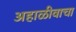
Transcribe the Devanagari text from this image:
अहाळीवाचा